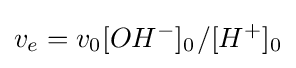
v_{e}=v_{0}[OH^{-}]_{0^{}}/[H^{+}]_{0}